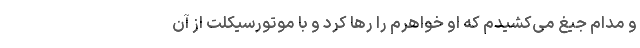
و مدام جیغ می‌کشیدم که او خواهرم را رها کرد و با موتورسیکلت از آن